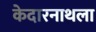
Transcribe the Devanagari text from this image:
केदारनाथला